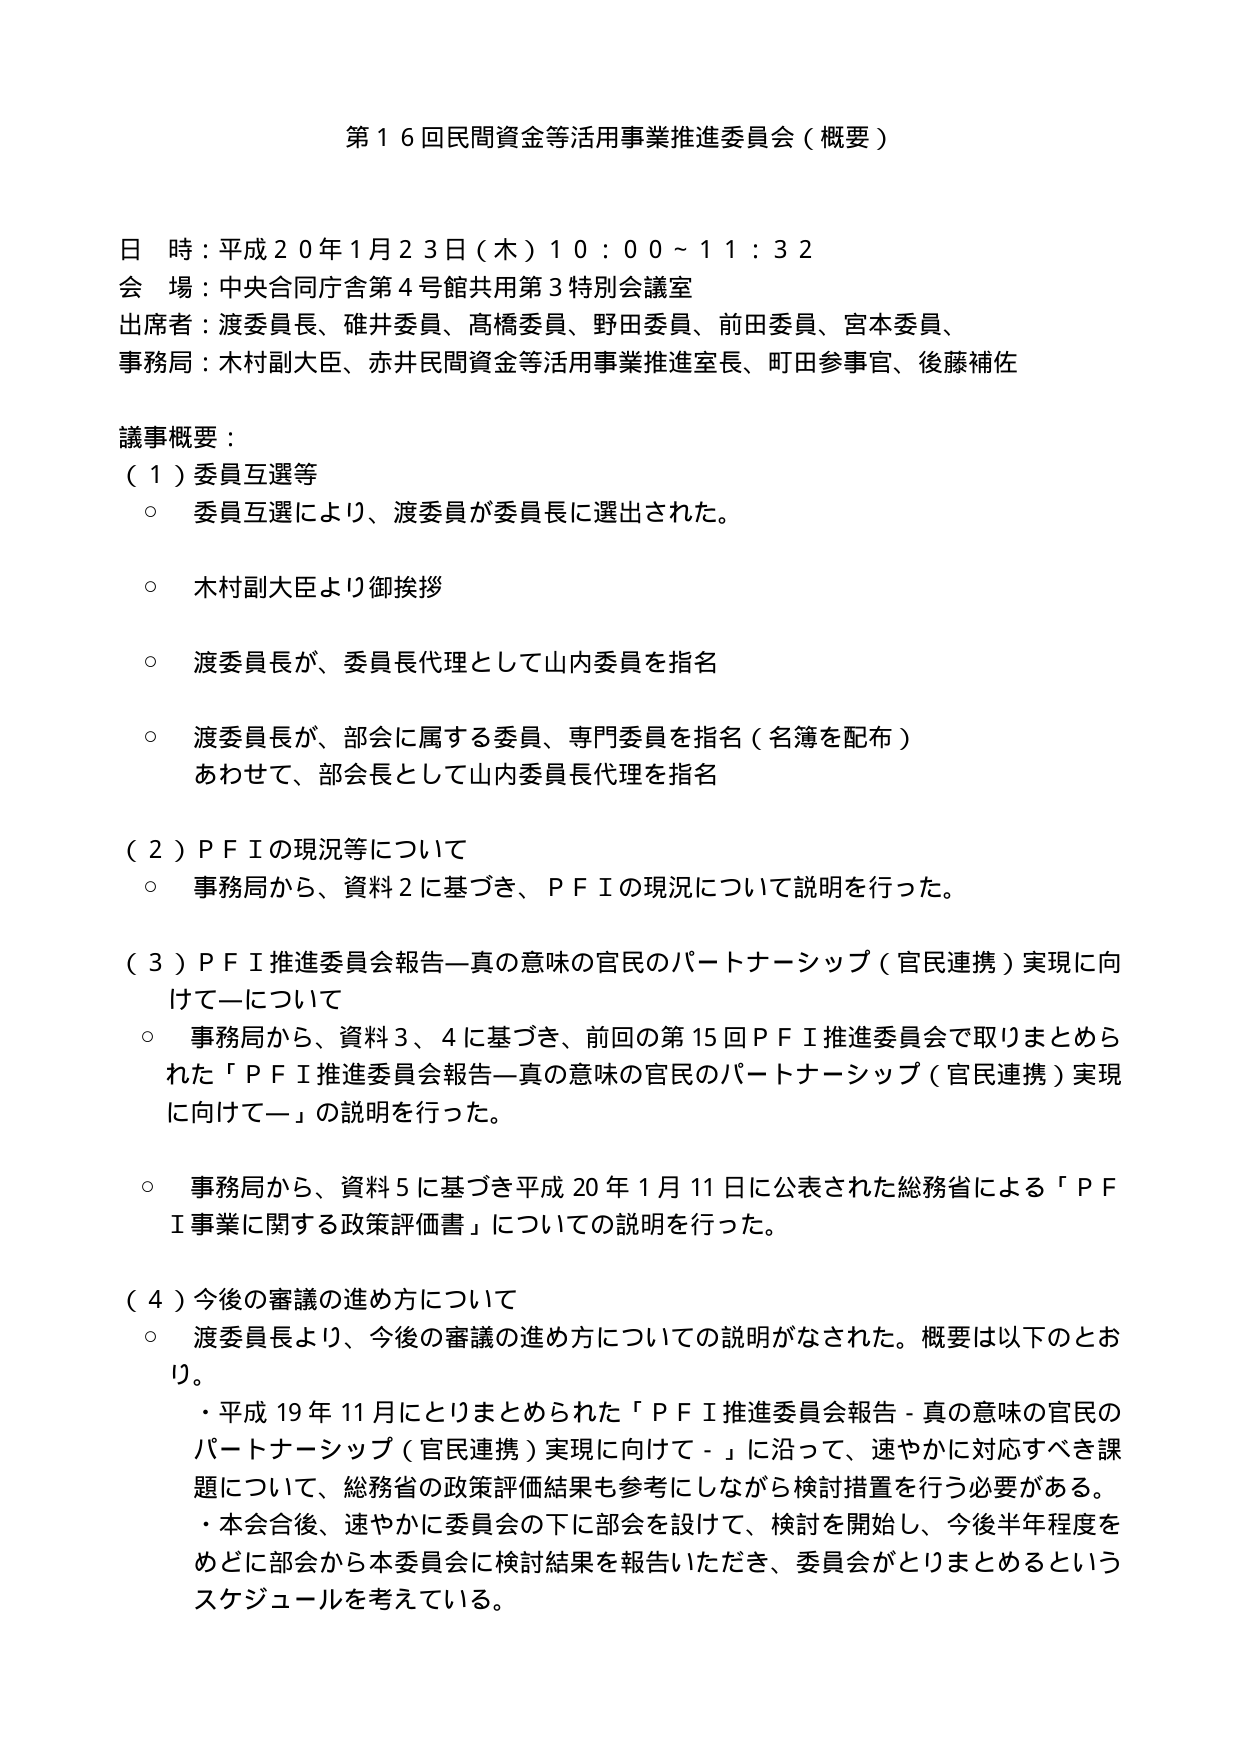
第１６回民間資金等活用事業推進委員会（概要）

日 時：平成２０年１月２３日（木）１０：００～１１：３２
会 場：中央合同庁舎第４号館共用第３特別会議室
出席者：渡委員長、碓井委員、高橋委員、野田委員、前田委員、宮本委員、
事務局：木村副大臣、赤井民間資金等活用事業推進室長、町田参事官、後藤補佐

議事概要：

（１）委員互選等
○ 委員互選により、渡委員が委員長に選出された。
○ 木村副大臣より御挨拶
○ 渡委員長が、委員長代理として山内委員を指名
○ 渡委員長が、部会に属する委員、専門委員を指名（名簿を配布）
　あわせて、部会長として山内委員長代理を指名

（２）ＰＦＩの現況等について
○ 事務局から、資料２に基づき、ＰＦＩの現況について説明を行った。

（３）ＰＦＩ推進委員会報告―真の意味の官民のパートナーシップ（官民連携）実現に向けて―について
○ 事務局から、資料３、４に基づき、前回の第15回ＰＦＩ推進委員会で取りまとめられた「ＰＦＩ推進委員会報告―真の意味の官民のパートナーシップ（官民連携）実現に向けて―」の説明を行った。
○ 事務局から、資料５に基づき平成20年１月11日に公表された総務省による「ＰＦＩ事業に関する政策評価書」についての説明を行った。

（４）今後の審議の進め方について
○ 渡委員長より、今後の審議の進め方についての説明がなされた。概要は以下のとおり。
　・平成19年11月にとりまとめられた「ＰＦＩ推進委員会報告－真の意味の官民のパートナーシップ（官民連携）実現に向けて－」に沿って、速やかに対応すべき課題について、総務省の政策評価結果も参考にしながら検討措置を行う必要がある。
　・本会合後、速やかに委員会の下に部会を設けて、検討を開始し、今後半年程度をめどに部会から本委員会に検討結果を報告いただき、委員会がとりまとめるというスケジュールを考えている。